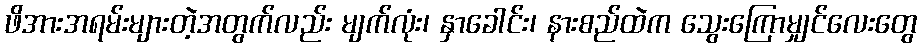
ဖိအားအရမ်းများတဲ့အတွက်လည်း မျက်လုံး၊ နှာခေါင်း၊ နားစည်ထဲက သွေးကြောမျှင်လေးတွေ